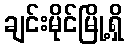
ချင်းမိုင်မြို့ရှိ